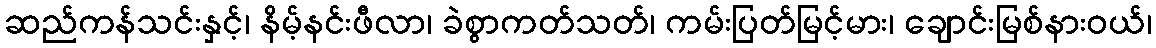
ဆည်ကန်သင်းနှင့်၊ နိမ့်နင်းဖီလာ၊ ခဲစွာကတ်သတ်၊ ကမ်းပြတ်မြင့်မား၊ ချောင်းမြစ်နားဝယ်၊